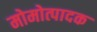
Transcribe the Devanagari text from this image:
मोमोत्पादक